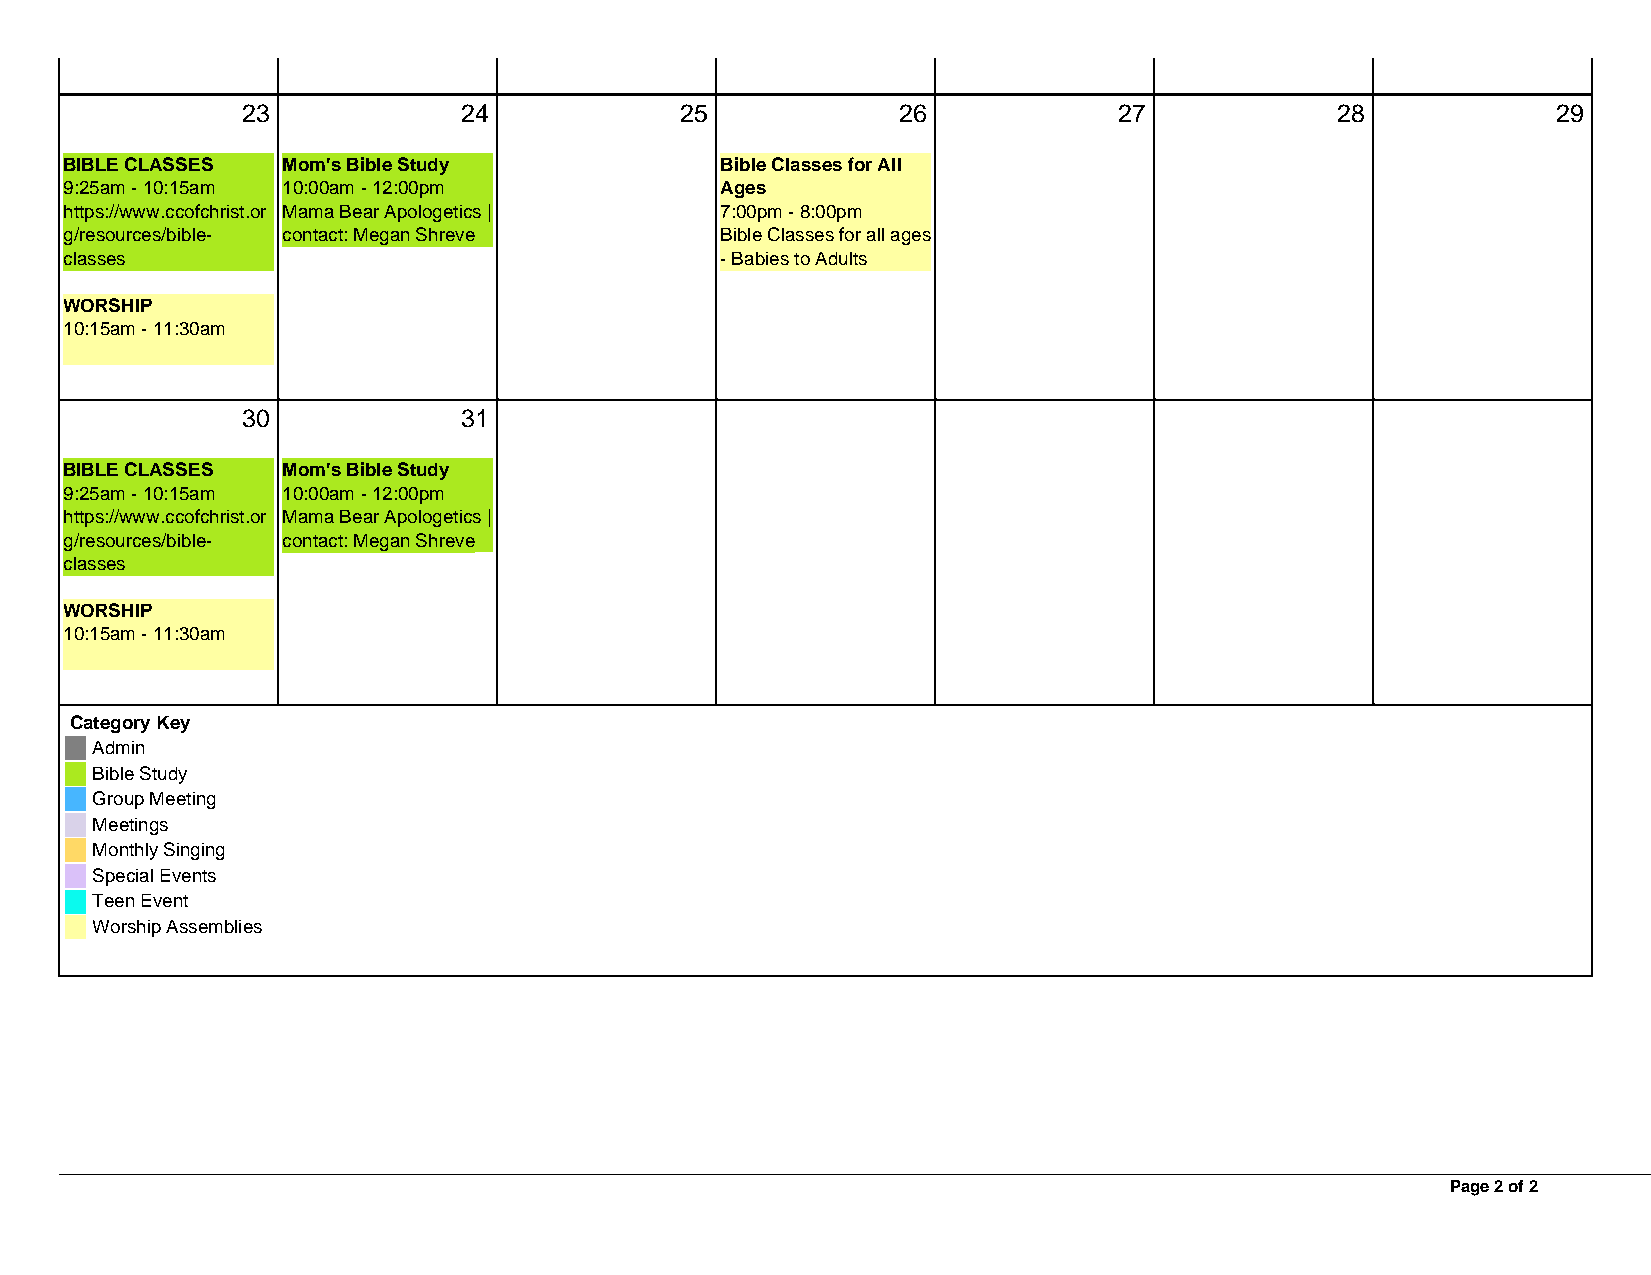
23             24            25            26             27            28             29
 BIBLE CLASSES  Mom's Bible Study            Bible Classes for All
 9:25am - 10:15am 10:00am - 12:00pm          Ages
 https://www.ccofchrist.or Mama Bear Apologetics | 7:00pm - 8:00pm
 g/resources/bible- contact: Megan Shreve    Bible Classes for all ages
 classes                                     - Babies to Adults
 WORSHIP
 10:15am - 11:30am
 30             31
 BIBLE CLASSES  Mom's Bible Study
 9:25am - 10:15am 10:00am - 12:00pm
 https://www.ccofchrist.or Mama Bear Apologetics |
 g/resources/bible- contact: Megan Shreve
 classes
 WORSHIP
 10:15am - 11:30am
 Category Key
 Admin
 Bible Study
 Group Meeting
 Meetings
 Monthly Singing
 Special Events
 Teen Event
 Worship Assemblies
 Page 2 of 2
 Powered by TCPDF (www.tcpdf.org)